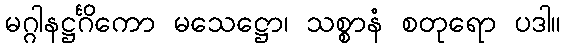
မဂ္ဂါနဋ္ဌင်္ဂိကော မသေဋ္ဌော၊ သစ္စာနံ စတုရော ပဒါ။